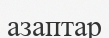
азаптар